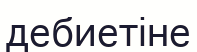
дебиетіне